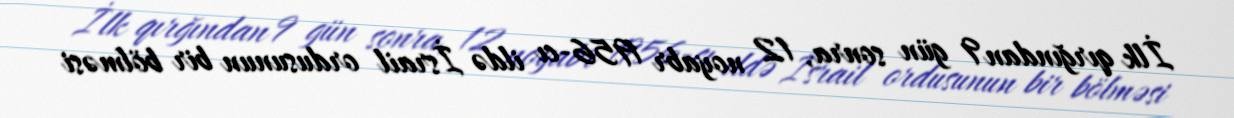
İlk qırğından 9 gün sonra, 12 noyabr 1956-cı ildə İsrail ordusunun bir bölməsi